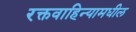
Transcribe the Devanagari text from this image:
रक्तवाहिन्यामधील